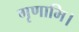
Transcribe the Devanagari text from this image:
गृणामि।